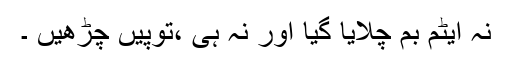
نہ ایٹم بم چلایا گیا اور نہ ہی ،توپیں چڑھیں ۔